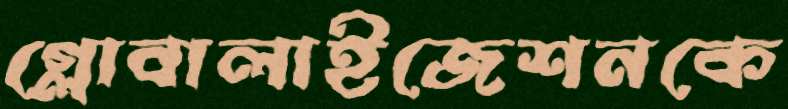
গ্লোবালাইজেশনকে